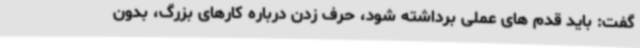
گفت: باید قدم های عملی برداشته شود، حرف زدن درباره کارهای بزرگ، بدون